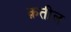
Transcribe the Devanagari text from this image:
क़तील